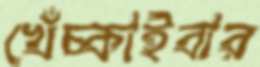
খেঁচ্‌কাইবার